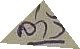
ล่าง